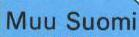
Muu Suomi